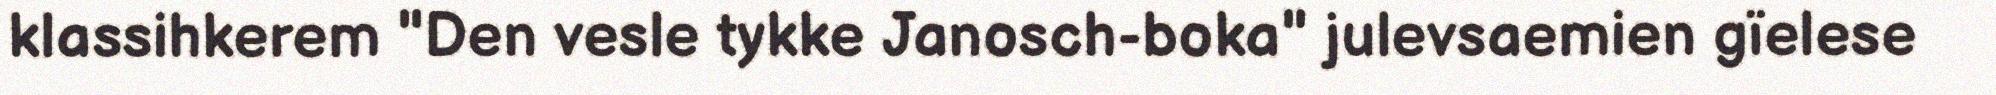
klassihkerem "Den vesle tykke Janosch-boka" julevsaemien gïelese